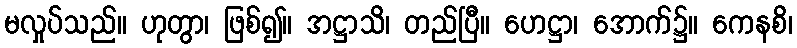
မလှုပ်သည်။ ဟုတွာ၊ ဖြစ်၍။ အဋ္ဌာသိ၊ တည်ပြီ။ ဟေဋ္ဌာ၊ အောက်၌။ ကေနစိ၊